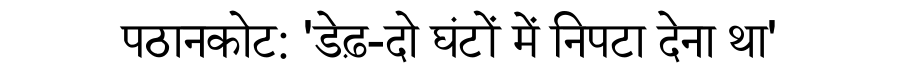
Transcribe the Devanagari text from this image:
पठानकोट: 'डेढ़-दो घंटों में निपटा देना था'